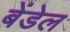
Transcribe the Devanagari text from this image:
बेंडेल